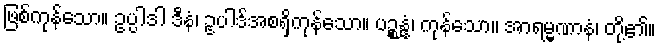
ဖြစ်ကုန်သော။ ဥပ္ပါဒါ ဒီနံ၊ ဥပါဒ်အစရှိကုန်သော။ ပဉ္စန္နံ၊ ကုန်သော။ အာရမ္မဏာနံ၊ တို့၏။